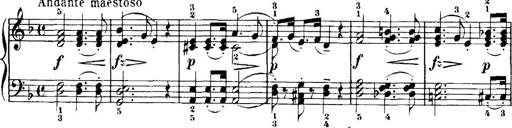
Title: 7 Sonatinas
Composer: Anton Diabelli